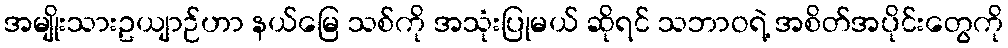
အမျိုးသားဥယျာဉ်ဟာ နယ်မြေ သစ်ကို အသုံးပြုမယ် ဆိုရင် သဘာဝရဲ့ အစိတ်အပိုင်းတွေကို